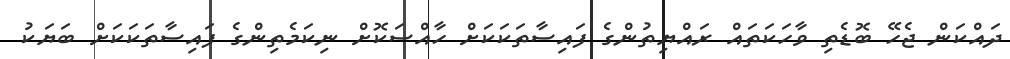
ދައްކަން ޖެހޭ ބޮޑެތި ވާހަކަތައް ރައްޔިތުންގެ ފައިސާތަކަކަށް ހާއްސަކޮށް ނިކަމެތިންގެ ފައިސާތަކަކަށް ބަޔަކު